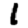
Digit: 1